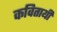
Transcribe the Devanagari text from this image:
कवितायी